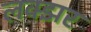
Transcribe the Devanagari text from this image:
लक्झर